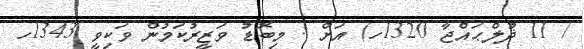
/ 11 ޛުލްޙައްޖާ 1320ހ) އަށް . މިބޮޑު ވަޒީރުކަމުން ވަކިވީ 1343ހ